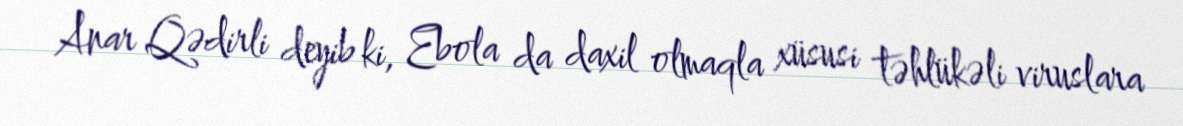
Anar Qədirli deyib ki, Ebola da daxil olmaqla xüsusi təhlükəli viruslara